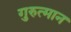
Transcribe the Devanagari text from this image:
गुरुत्मान